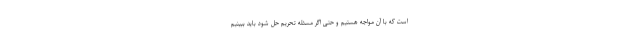
است که با آن مواجه هستیم و حتی اگر مسئله تحریم حل شود باید ببینیم